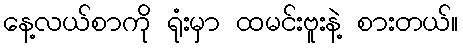
နေ့လယ်စာကို ရုံးမှာ ထမင်းဗူးနဲ့ စားတယ်။